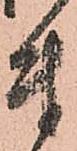
付